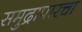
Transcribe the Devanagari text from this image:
समुद्रापारचा